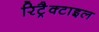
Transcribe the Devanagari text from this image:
रिट्रैक्टाइल